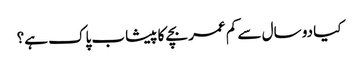
کیا دو سال سے کم عمر بچے کا پیشاب پاک ہے؟